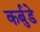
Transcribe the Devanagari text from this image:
कर्बुडे